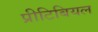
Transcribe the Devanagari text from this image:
प्रीटिबियल